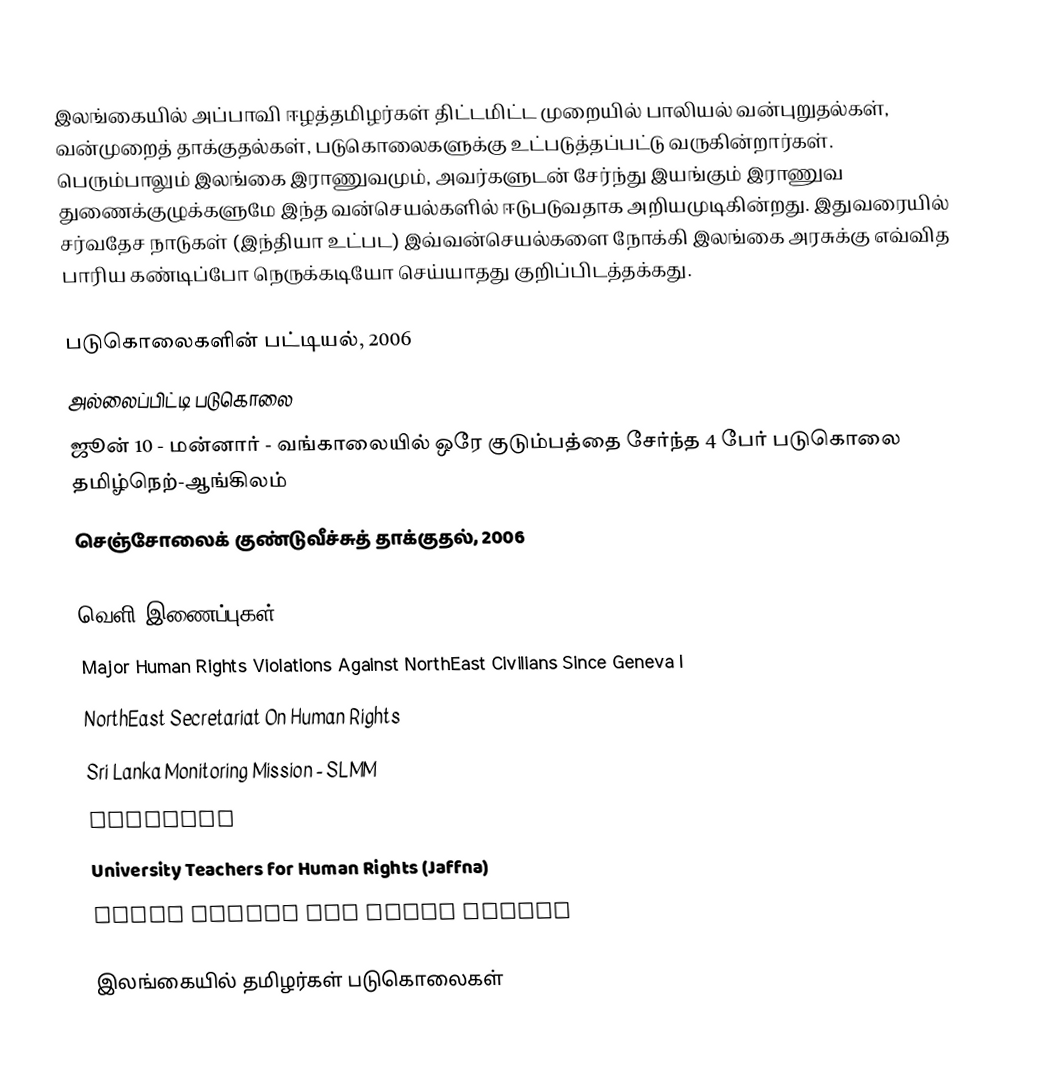
இலங்கையில் அப்பாவி ஈழத்தமிழர்கள் திட்டமிட்ட முறையில் பாலியல் வன்புறுதல்கள், வன்முறைத் தாக்குதல்கள், படுகொலைகளுக்கு உட்படுத்தப்பட்டு வருகின்றார்கள். பெரும்பாலும் இலங்கை இராணுவமும், அவர்களுடன் சேர்ந்து இயங்கும் இராணுவ துணைக்குழுக்களுமே இந்த வன்செயல்களில் ஈடுபடுவதாக அறியமுடிகின்றது. இதுவரையில் சர்வதேச நாடுகள் (இந்தியா உட்பட) இவ்வன்செயல்களை நோக்கி இலங்கை அரசுக்கு எவ்வித பாரிய கண்டிப்போ நெருக்கடியோ செய்யாதது குறிப்பிடத்தக்கது.

படுகொலைகளின் பட்டியல், 2006
 அல்லைப்பிட்டி படுகொலை
 ஜூன் 10 - மன்னார் - வங்காலையில் ஒரே குடும்பத்தை சேர்ந்த 4 பேர் படுகொலை தமிழ்நெற்-ஆங்கிலம்
 செஞ்சோலைக் குண்டுவீச்சுத் தாக்குதல், 2006

வெளி இணைப்புகள்
 Major Human Rights Violations Against NorthEast Civilians Since Geneva I
 NorthEast Secretariat On Human Rights
 Sri Lanka Monitoring Mission - SLMM
 TamilNet
 University Teachers for Human Rights (Jaffna)
 Tamil Centre for Human Rights

இலங்கையில் தமிழர்கள் படுகொலைகள்